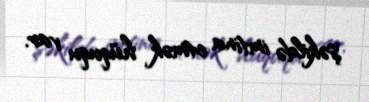
şəkildə imtina etmək hüququ var.